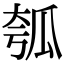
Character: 瓠